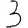
Digit: 3